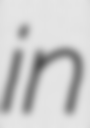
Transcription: in